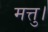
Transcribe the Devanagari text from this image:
मत्तु।